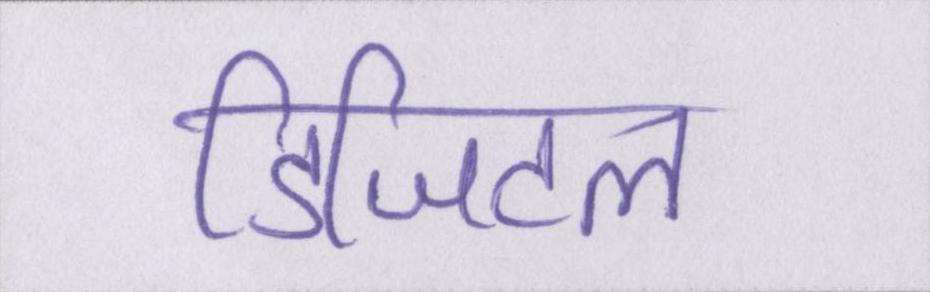
डिजिटल